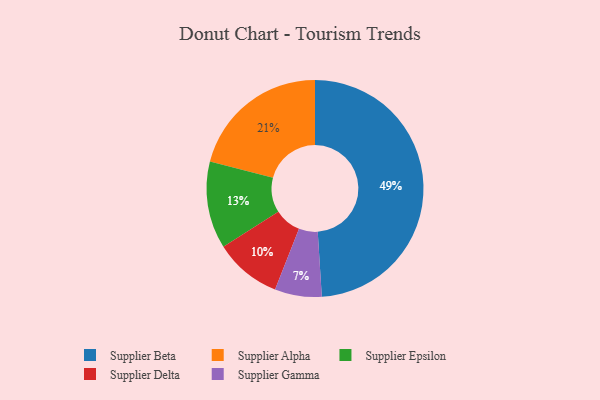
{"axis": {"x": "Category", "y": "Percentage"}, "legend": ["Supplier Alpha", "Supplier Beta", "Supplier Delta", "Supplier Epsilon", "Supplier Gamma"], "data": [{"x": "Supplier Epsilon", "y": 13, "type": "Supplier Epsilon"}, {"x": "Supplier Gamma", "y": 7, "type": "Supplier Gamma"}, {"x": "Supplier Beta", "y": 49, "type": "Supplier Beta"}, {"x": "Supplier Delta", "y": 10, "type": "Supplier Delta"}, {"x": "Supplier Alpha", "y": 21, "type": "Supplier Alpha"}]}